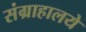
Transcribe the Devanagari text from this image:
संग्राहालये